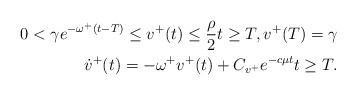
LaTeX: \begin{align*} 0< \gamma e^{-\omega^+ (t-T)} \leq v^+(t) \leq \frac{\rho}{2} t \geq T , v^+(T) = \gamma \\\dot{v}^+(t) = - \omega^+ v^+(t) + C_{v^+} e^{-c \mu t} t \geq T.\end{align*}